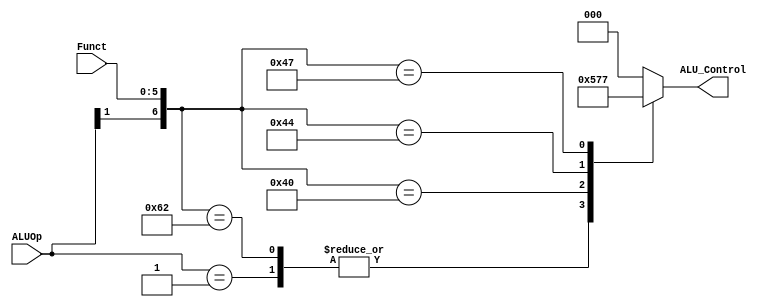
`timescale 1ns / 1ps
//////////////////////////////////////////////////////////////////////////////////
// Company: 
// Engineer: 
// 
// Design Name: 
// Module Name: ALUControl
// Project Name: 
// Target Devices: 
// Tool Versions: 
// Description: 
// 
// Dependencies: 
// 
// Revision:
// Revision 0.01 - File Created
// Additional Comments:
// 
//////////////////////////////////////////////////////////////////////////////////


module ALUControl(input [1:0] ALUOp, input [5:0] Funct, output reg [2:0] ALU_Control);

wire [8:0] ALUControlIn = {ALUOp,Funct};

always @(ALUControlIn) begin
    
    casex (ALUControlIn)
     8'b00xxxxxx : ALU_Control = 3'b000; //add
     8'b01xxxxxx : ALU_Control = 3'b010; //sub
     8'b1x100010 : ALU_Control = 3'b010; //sub
     8'b1x100000 : ALU_Control = 3'b000; //add
     8'b1x000000 : ALU_Control = 3'b101; //sll
     8'b1x000100 : ALU_Control = 3'b110; //sllv
     8'b1x000111 : ALU_Control = 3'b111; //slrav
     
     default: ALU_Control=3'b000;
     endcase  
end

endmodule